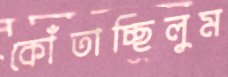
কোঁতাচ্ছিলুম